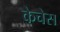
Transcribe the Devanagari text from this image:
केचेस